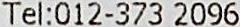
TEL:012-373 2096